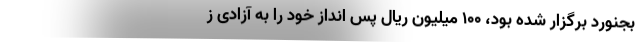
بجنورد برگزار شده بود، ۱۰۰ میلیون ریال پس انداز خود را به آزادی ز